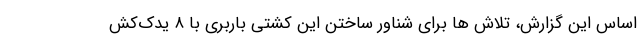
اساس این گزارش، تلاش ها برای شناور ساختن این کشتی باربری با ۸ یدک‌کش